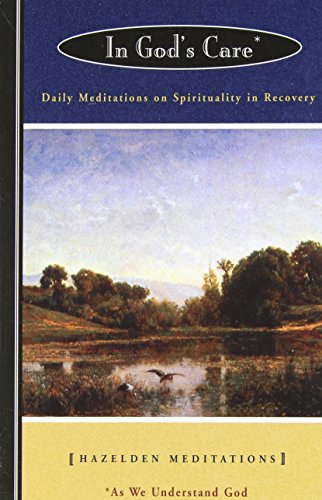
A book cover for In God's Care: Daily Meditations on Spirituality in Recovery (Hazelden Meditation Series); Karen Casey; Health, Fitness & Dieting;